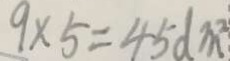
9 \times 5 = 4 5 d m ^ { 2 }